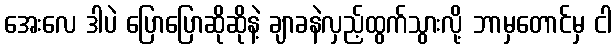
အေးလေ ဒါပဲ ပြောပြောဆိုဆိုနဲ့ ချာခနဲလှည့်ထွက်သွားလို့ ဘာမှတောင်မှ ငါ